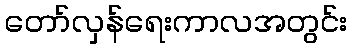
တော်လှန်ရေးကာလအတွင်း